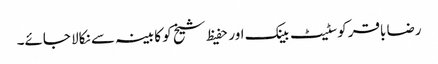
رضا باقر کوسٹیٹ بینک اور حفیظ شیخ کو کابینہ سے نکالا جائے۔